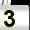
Digit: 3